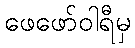
ဖေဖော်ဝါရီမှ